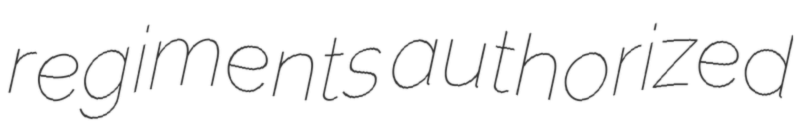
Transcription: regiments authorized